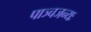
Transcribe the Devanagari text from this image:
पाञ्चजन्यः